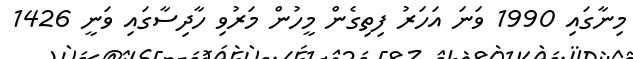
މިނާގައި 1990 ވަނަ އަހަރު ފިތިގެން މީހުން މަރުވި ހާދިސާގައި ވަނީ 1426